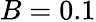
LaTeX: B=0.1